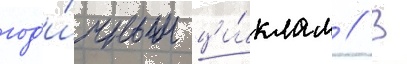
год'и́чным ци́клам // В